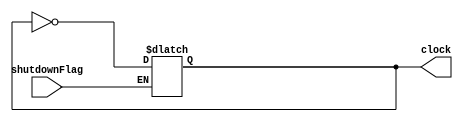
module Clock
  ( clock,
    shutdownFlag
  );

  output reg clock;
  input shutdownFlag;

  initial clock = 1;

  always #100 if (!shutdownFlag) clock = ~clock;

endmodule